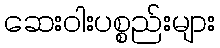
ဆေးဝါးပစ္စည်းများ